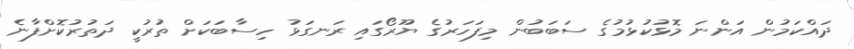
ދައްކަމުން އަންނަ މޮޅުކުޅުމުގެ ސަބަބުން މިފަހަރުގެ ޔޫރޯގައި ރަނގަޅު ހިސާބަކަށް ތުރުކީ ދަތުރުކޮށްފާނެ